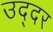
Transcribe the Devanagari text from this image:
उद्दर